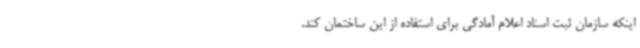
اینکه سازمان ثبت اسناد اعلام آمادگی برای استفاده از این ساختمان کند.